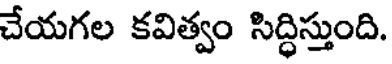
చేయగల కవిత్వం సిద్ధిస్తుంది.